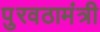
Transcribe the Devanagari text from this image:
पुरवठामंत्री